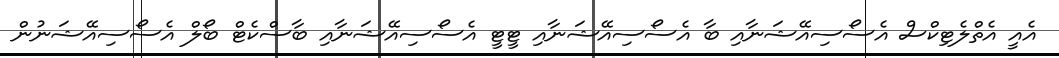
އެއީ އެތްލެޓިކްސް އެސޯސިއޭޝަނާއި ބާ އެސޯސިއޭޝަނާއި ޓީޓީ އެސޯސިއޭޝަނާއި ބާސްކެޓް ބޯލް އެސޯސިއޭޝަނުން